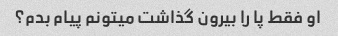
او فقط پا را بیرون گذاشت میتونم پیام بدم؟